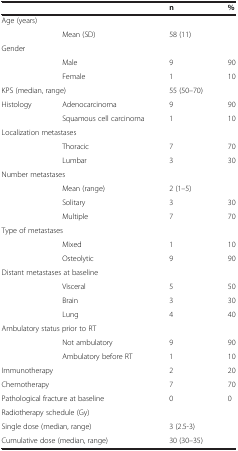
|  |  | n | % |
 | --- | --- | --- | --- |
 | Age (years) |  |  |  |
 |  | Mean (SD) | 58 (11) |  |
 | Gender |  |  |  |
 |  | Male | 9 | 90 |
 |  | Female | 1 | 10 |
 | <COLSPAN=2> KPS (median, range) | 55 (50–70) |  |
 | Histology | Adenocarcinoma | 9 | 90 |
 |  | Squamous cell carcinoma | 1 | 10 |
 | <COLSPAN=2> Localization metastases |  |  |
 |  | Thoracic | 7 | 70 |
 |  | Lumbar | 3 | 30 |
 | <COLSPAN=2> Number metastases |  |  |
 |  | Mean (range) | 2 (1–5) |  |
 |  | Solitary | 3 | 30 |
 |  | Multiple | 7 | 70 |
 | <COLSPAN=2> Type of metastases |  |  |
 |  | Mixed | 1 | 10 |
 |  | Osteolytic | 9 | 90 |
 | <COLSPAN=2> Distant metastases at baseline |  |  |
 |  | Visceral | 5 | 50 |
 |  | Brain | 3 | 30 |
 |  | Lung | 4 | 40 |
 | <COLSPAN=2> Ambulatory status prior to RT |  |  |
 |  | Not ambulatory | 9 | 90 |
 |  | Ambulatory before RT | 1 | 10 |
 | <COLSPAN=2> Immunotherapy | 2 | 20 |
 | <COLSPAN=2> Chemotherapy | 7 | 70 |
 | <COLSPAN=2> Pathological fracture at baseline | 0 | 0 |
 | <COLSPAN=2> Radiotherapy schedule (Gy) |  |  |
 | <COLSPAN=2> Single dose (median, range) | 3 (2.5-3) |  |
 | <COLSPAN=2> Cumulative dose (median, range) | 30 (30–35) |  |